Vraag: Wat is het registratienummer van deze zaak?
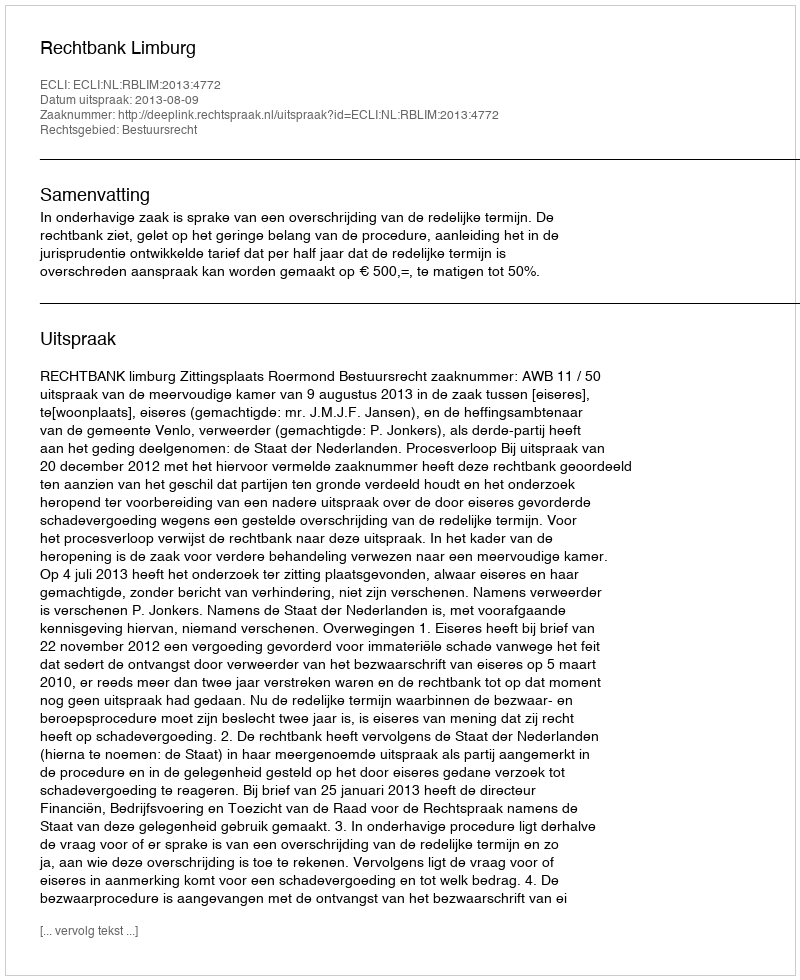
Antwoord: http://deeplink.rechtspraak.nl/uitspraak?id=ECLI:NL:RBLIM:2013:4772